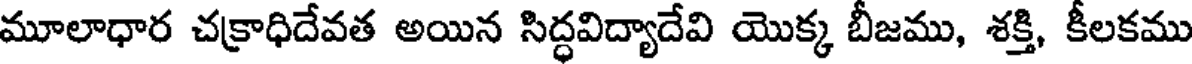
మూలాధార చక్రాధిదేవత అయిన సిద్ధవిద్యాదేవి యొక్క బీజము, శక్తి, కీలకము